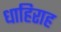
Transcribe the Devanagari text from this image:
धाहिराह